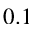
0 . 1